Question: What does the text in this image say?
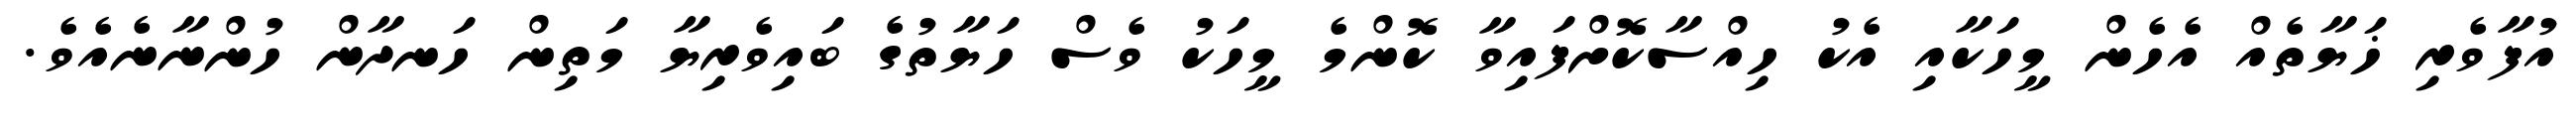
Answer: އުފާވެރި ޚަޔާތެއް އެހެން މީހަކާއި އެކު ހިއްސާކޮށްފައިވާ ކޮންމެ މީހަކު ވެސް ހަޔާތުގެ ބައިވެރިޔާ މަތިން ހަނދާން ހުންނާނެއެވެ.